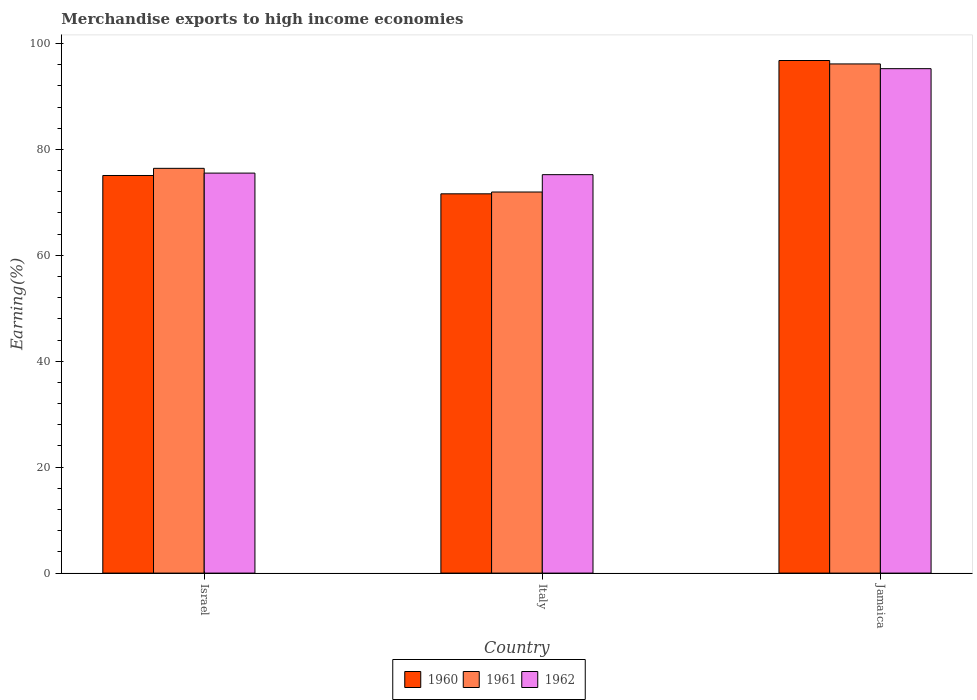
| Country | 1960 | 1961 | 1962 |
 | --- | --- | --- | --- |
 | Israel | 75.1 | 76.4 | 75.5 |
 | Italy | 71.6 | 72 | 75.2 |
 | Jamaica | 96.8 | 96.1 | 95.2 |